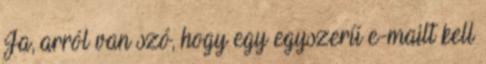
Ja, arról van szó, hogy egy egyszerű e-mailt kell